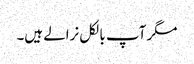
مگر آپ بالکل نرالے ہیں۔